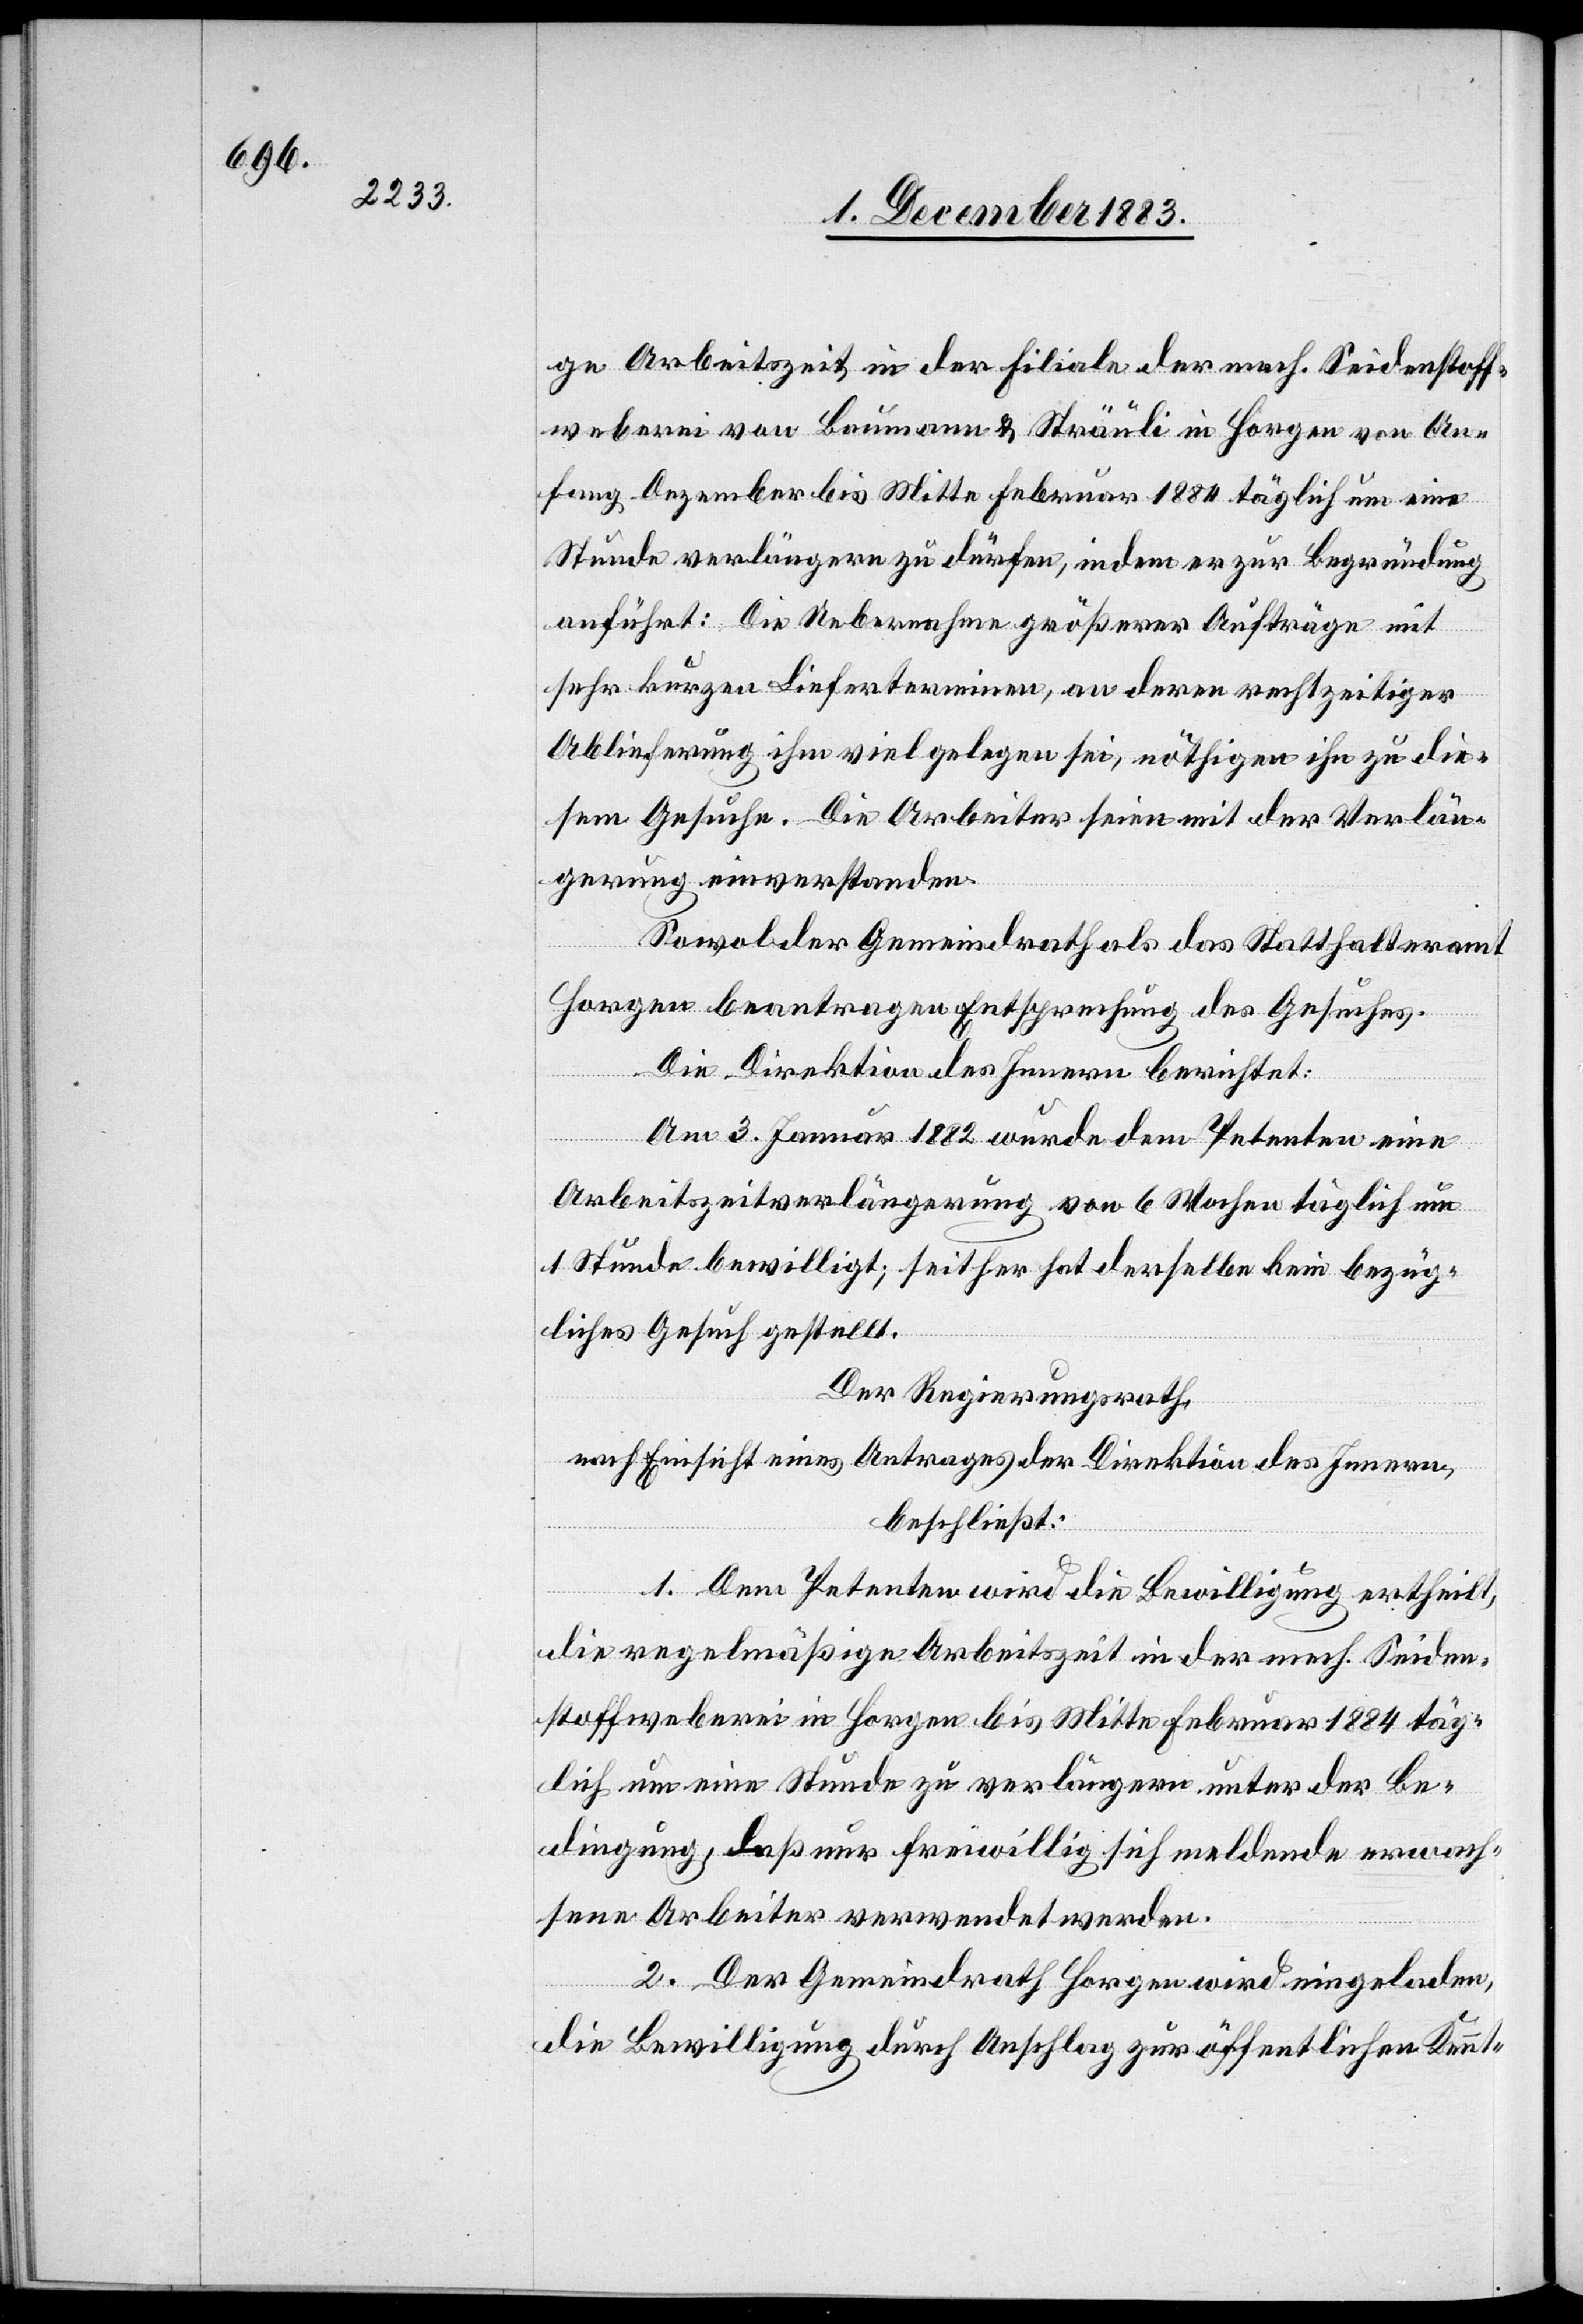
ge Arbeitszeit in der Filiale der mech. Seidenstoff¬
weberei von Baumann & Sträuli in Horgen von An¬
fang Dezember bis Mitte Februar 1884 täglich um eine
Stunde verlängern zu dürfen, indem er zur Begründung
anführt: Die Uebernahme größerer Aufträge mit
sehr kurzen Lieferterminen, an deren rechtzeitiger
Ablieferung ihm viel gelegen sei, nöthigen ihn zu die¬
sem Gesuche. Die Arbeiter seien mit der Verlän¬
gerung einverstanden.
Sowol der Gemeindrath als das Statthalteramt
Horgen beantragen Entsprechung des Gesuches.
Die Direktion des Innern berichtet:
Am 3. Januar 1882 wurde dem Petenten eine
Arbeitszeitverlängerung von 6 Wochen täglich um
1 Stunde bewilligt; seither hat derselbe kein bezüg¬
liches Gesuch gestellt.
Der Regierungsrath,
nach Einsicht eines Antrages der Direktion des Innern,
beschließt:
1. Dem Petenten wird die Bewilligung ertheilt,
die regelmäßige Arbeitszeit in der mech. Seiden¬
stoffweberei in Horgen bis Mitte Februar 1884 täg¬
lich um eine Stunde zu verlängern unter der Be¬
dingung, daß nur freiwillig sich meldende erwach¬
sene Arbeiter verwendet werden.
2. Der Gemeindrath Horgen wird eingeladen,
die Bewilligung durch Anschlag zur öffentlichen Kennt-